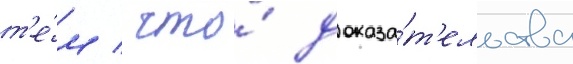
т'е́м / что́ доказа́т'ельства